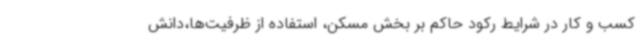
کسب و کار در شرایط رکود حاکم بر بخش مسکن، استفاده از ظرفیت‌ها،دانش